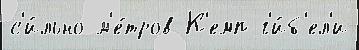
с'и́льно м'е́тров К'емп г'и́б'ел'и